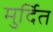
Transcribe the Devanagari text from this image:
मुर्दित